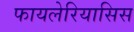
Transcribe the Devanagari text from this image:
फायलेरियासिस